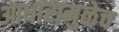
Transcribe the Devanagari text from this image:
आधारामुळेच